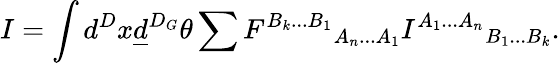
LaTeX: I=\int d^{D}x\underline{{{d}}}^{D_{G}}\theta\sum{F^{B_{k}...B_{1}}}_{A_{n}...A_{1}}{I^{A_{1}...A_{n}}}_{B_{1}...B_{k}}.